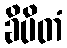
ခိပိတံ